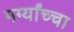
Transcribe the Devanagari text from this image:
गर्ग्यांच्चा